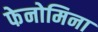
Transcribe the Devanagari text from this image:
फेनोमिना